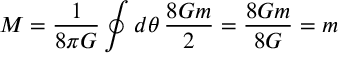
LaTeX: M = { \frac { 1 } { 8 \pi G } } \oint d \theta \, { \frac { 8 G m } { 2 } } = { \frac { 8 G m } { 8 G } } = m